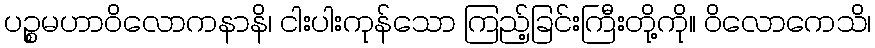
ပဉ္စမဟာဝိလောကနာနိ၊ ငါးပါးကုန်သော ကြည့်ခြင်းကြီးတို့ကို။ ဝိလောကေသိ၊